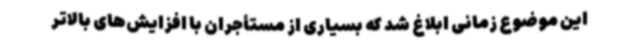
این موضوع زمانی ابلاغ شد که بسیاری از مستأجران با افزایش‌های بالاتر